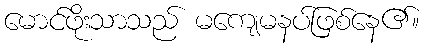
မောင်ဖိုးသာသည် မကျေမနပ်ဖြစ်နေ၏။